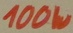
Text: 100W